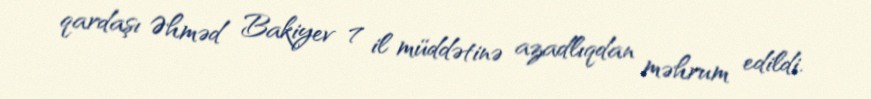
qardaşı Əhməd Bakiyev 7 il müddətinə azadlıqdan məhrum edildi.